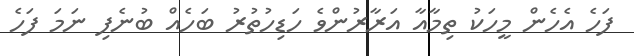
ފަހެ އެހެން މީހަކު ތިމާއާ އަރާރުންވެ ހަޑިހުތުރު ބަހެއް ބުނެފި ނަމަ ފަހެ